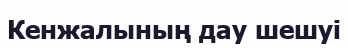
Кенжалының дау шешуі